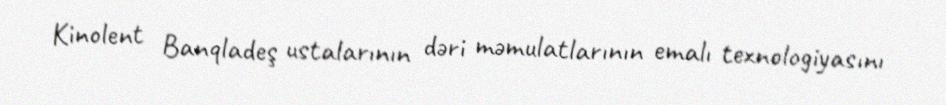
Kinolent Banqladeş ustalarının dəri məmulatlarının emalı texnologiyasını